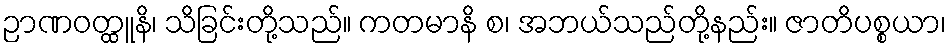
ဉာဏဝတ္ထူနိ၊ သိခြင်းတို့သည်။ ကတမာနိ စ၊ အဘယ်သည်တို့နည်း။ ဇာတိပစ္စယာ၊